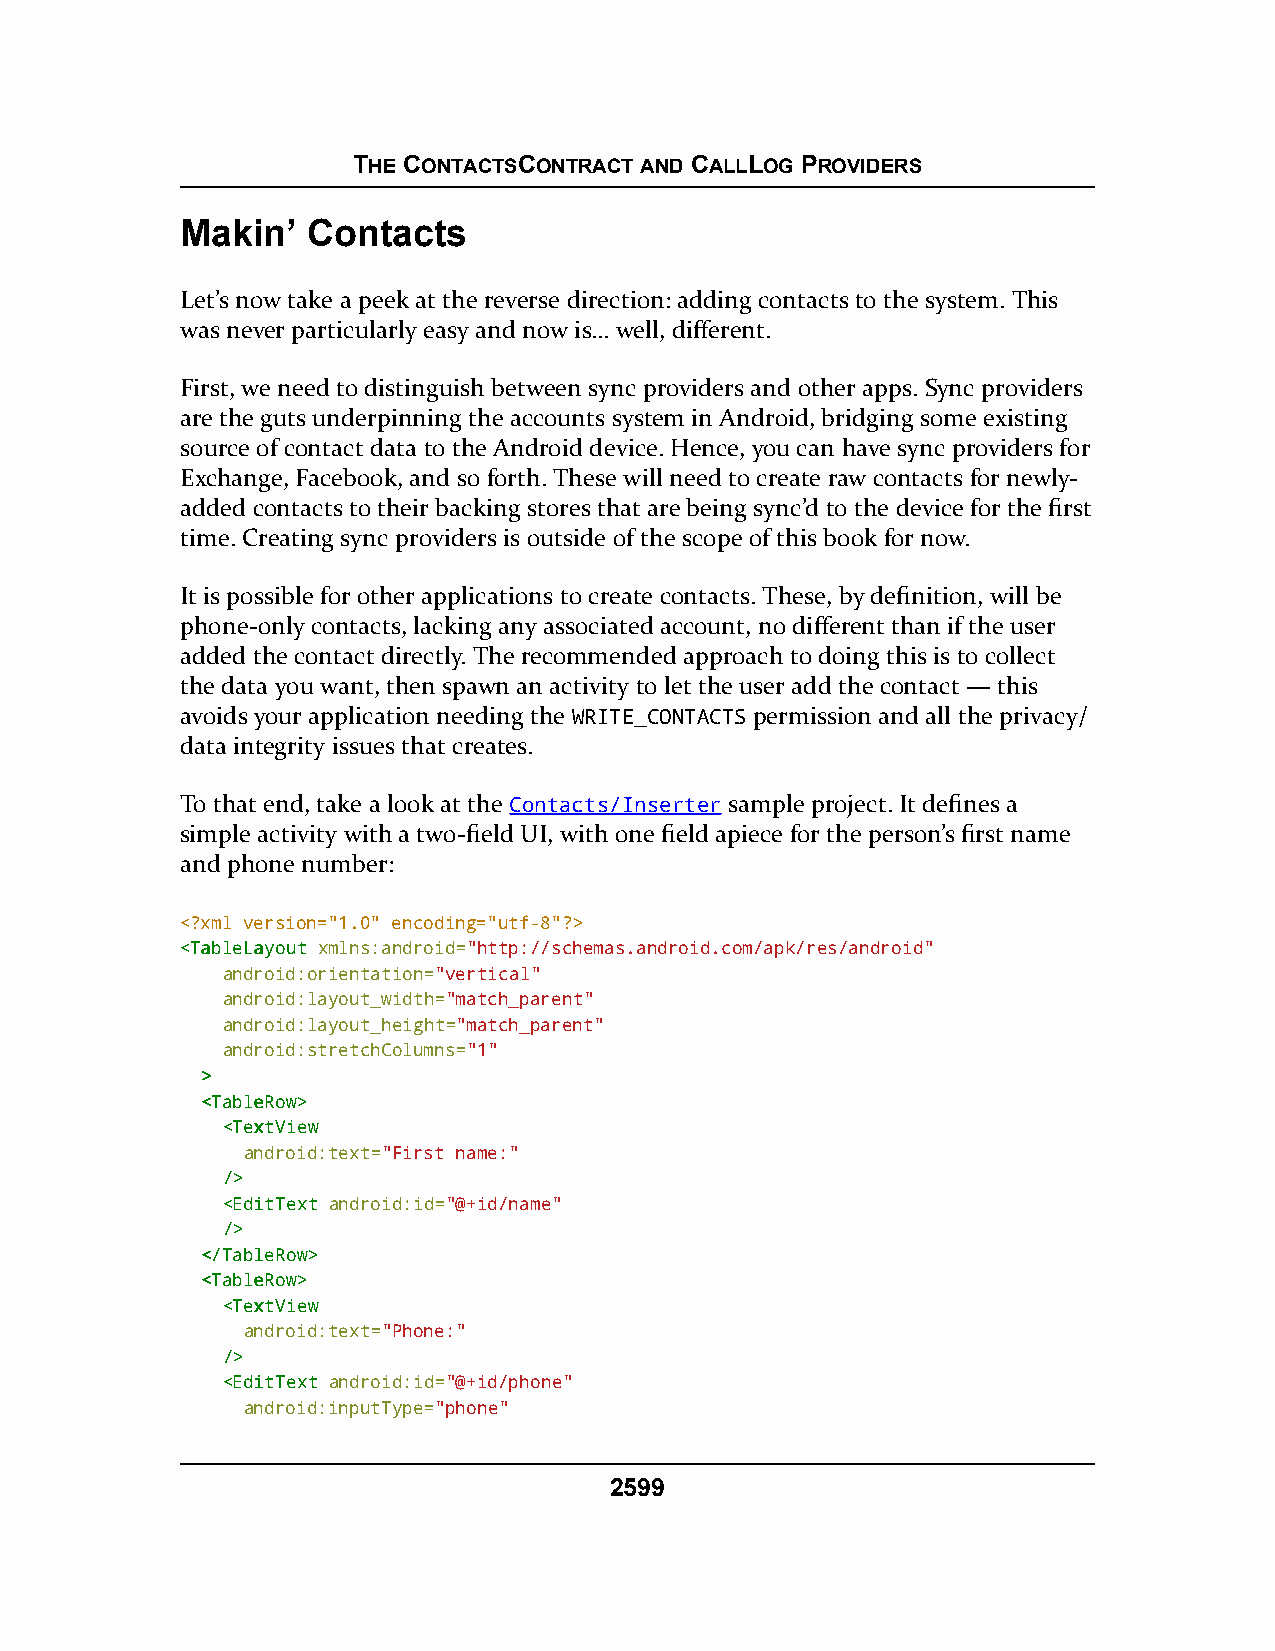
THE CONTACTSCONTRACT AND CALLLOG PROVIDERS
 Makin’  Contacts
 Let’s now take a peek at the reverse direction: adding contacts to the system. This
 was never particularly easy and now is… well, different.
 First, we need to distinguish between sync providers and other apps. Sync providers
 are the guts underpinning the accounts system in Android, bridging some existing
 source of contact data to the Android device. Hence, you can have sync providers for
 Exchange, Facebook, and so forth. These will need to create raw contacts for newly-
 added contacts to their backing stores that are being sync’d to the device for the first
 time. Creating sync providers is outside of the scope of this book for now.
 It is possible for other applications to create contacts. These, by definition, will be
 phone-only contacts, lacking any associated account, no different than if the user
 added the contact directly. The recommended approach to doing this is to collect
 the data you want, then spawn an activity to let the user add the contact — this
 avoids your application needing the WRITE_CONTACTS permission and all the privacy/
 data integrity issues that creates.
 To that end, take a look at the Contacts/Inserter sample project. It defines a
 simple activity with a two-field UI, with one field apiece for the person’s first name
 and phone number:
 <?xml version="1.0" encoding="utf-8"?>
 <<TTaabblleeLLaayyoouutt xmlns:android="http://schemas.android.com/apk/res/android"
 android:orientation="vertical"
 android:layout_width="match_parent"
 android:layout_height="match_parent"
 android:stretchColumns="1"
 >>
 <<TTaabblleeRRooww>>
 <<TTeexxttVViieeww
 android:text="First name:"
 //>>
 <<EEddiittTTeexxtt android:id="@+id/name"
 //>>
 <<//TTaabblleeRRooww>>
 <<TTaabblleeRRooww>>
 <<TTeexxttVViieeww
 android:text="Phone:"
 //>>
 <<EEddiittTTeexxtt android:id="@+id/phone"
 android:inputType="phone"
 2599